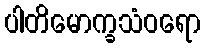
ပါတိမောက္ခသံဝရော